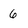
Character: 6